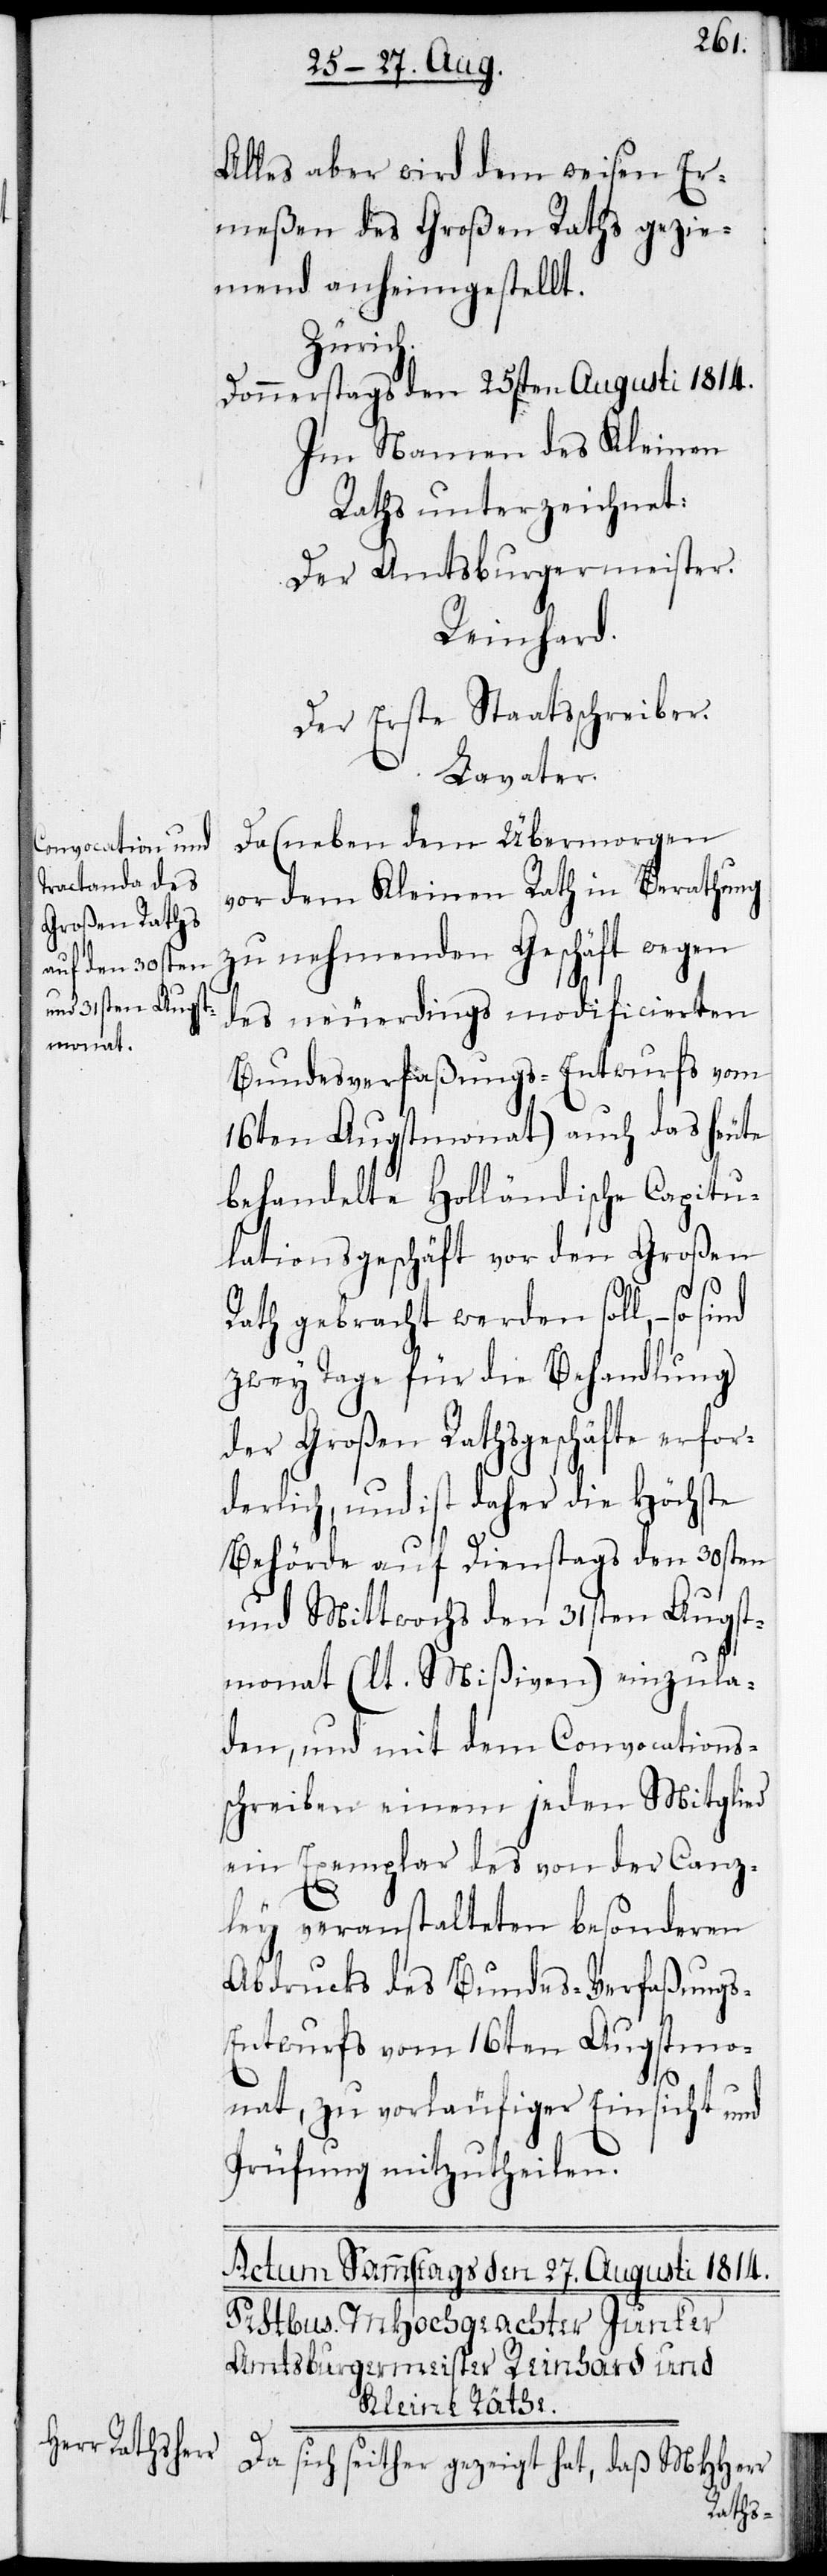
Augst¬
Alles aber wird dem weisen Er¬
meßen des Großen Raths gezie¬
mend anheimgestellt
Zürich.
Donnerstags den 25sten Augusti 1814.
Im Namen des Kleinen
Raths unterzeichnet:
Der Amtsburgermeister .
Reinhard.
Der Erste Staatsschreiber.
Lavater.
Da (neben dem Übermorgen
vor dem Kleinen Rath in Berathung
zu nehmenden Geschäft wegen
des neuerdings modificierten
Bundesverfaßungs-Entwurfs vom
16ten Augstmonat) auch das heute
behandelte Holländische Capitu¬
lationsgeschäft vor den Großen
Rath gebracht werden soll, – so
zwey Tage für die Behandlung
der Großen Rathsgeschäfte erfor¬
derlich, und ist daher die Höchste
Behörde auf Dienstags den 30sten
monat (lt. Mißiven) einzula¬
den, und mit dem Convocations¬
schreiben einem jeden Mitglied
ein Exemplar des von der Canz¬
ley veranstalteten besonderen
Abdrucks des Bundes-Verfaßungs-E¬
ntwurfs vom 16ten Augstmo¬
nat, zu vorläufiger Einsicht und
Prüfung mitzutheilen.
Da sich seither gezeigt hat, daß MHHerr